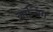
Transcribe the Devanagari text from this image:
लाॅन्चिंग